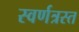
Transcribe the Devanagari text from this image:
स्वर्णत्रस्त